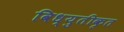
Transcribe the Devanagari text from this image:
विध्युतीकृत